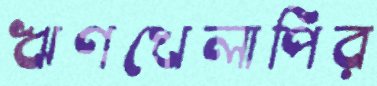
ঋণখেলাপির